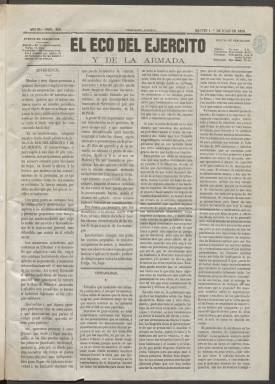
Título: El Eco del ejército y de la armada (Ed. diaria)
Colección: Fuerzas armadas
Ámbito geográfico: Madrid
Lugar de publicación: Madrid
Fechas: 01/07/1862-31/03/1864